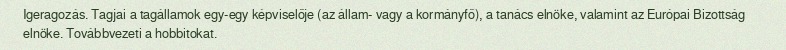
Igeragozás. Tagjai a tagállamok egy-egy képviselője (az állam- vagy a kormányfő), a tanács elnöke, valamint az Európai Bizottság elnöke. Továbbvezeti a hobbitokat.